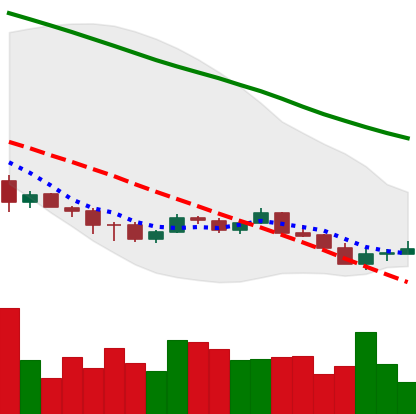
Ticker: ETC-USD
Chart end date: 2018-12-09
Forward return: -6.897%
Label: down_5_7